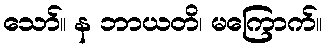
သော်။ န ဘာယတိ၊ မကြောက်။